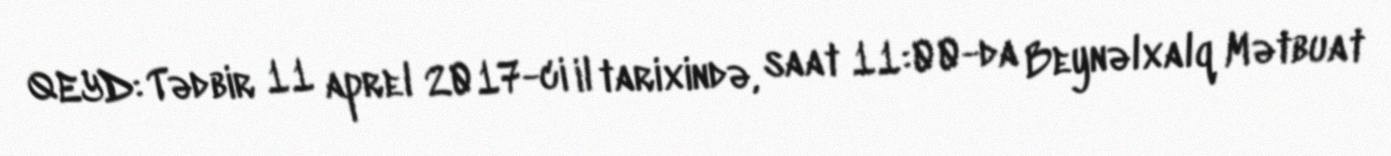
QEYD: Tədbir 11 aprel 2017-ci il tarixində, saat 11:00-da Beynəlxalq Mətbuat